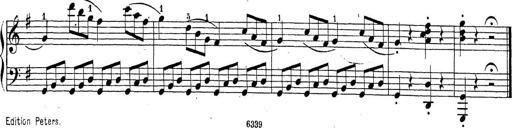
Title: Sonatina Album
Composer: Louis KÃ¶hler